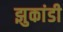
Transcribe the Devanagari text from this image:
झुकांडी